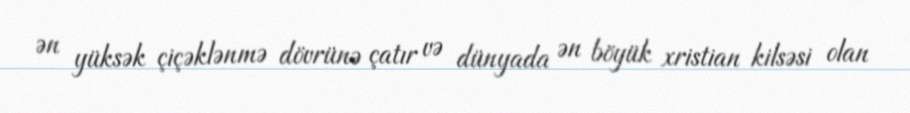
ən yüksək çiçəklənmə dövrünə çatır və dünyada ən böyük xristian kilsəsi olan